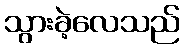
သွားခဲ့လေသည်